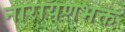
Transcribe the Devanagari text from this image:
नारायणभक्त